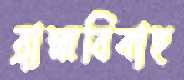
ব্রাহ্মবিবাহ